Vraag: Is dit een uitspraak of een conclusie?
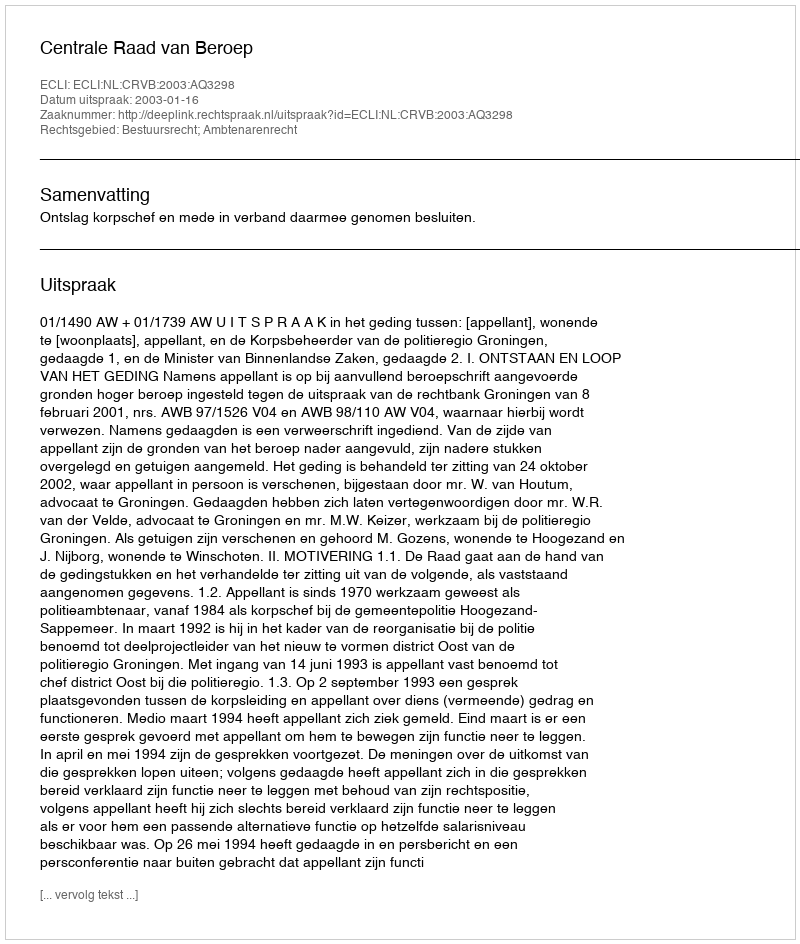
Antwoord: Uitspraak